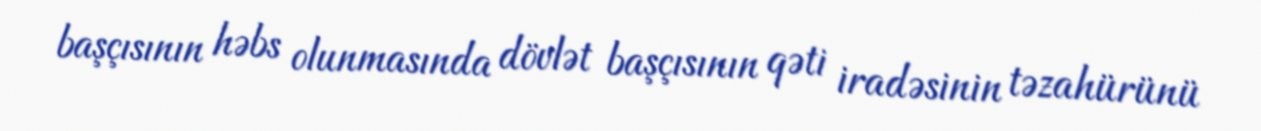
başçısının həbs olunmasında dövlət başçısının qəti iradəsinin təzahürünü